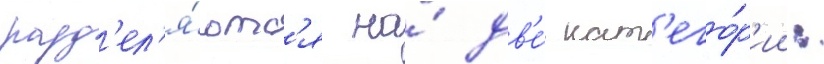
разд'ел'я́ютс'я на́ дв'е́ кат'его́р'ии: